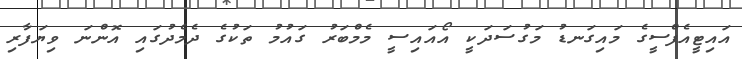
އައިޓީއެފްސީގެ މައިގަނޑު މަގުސަދަކީ އޯއައިސީ މެމްބަރު ގައުމު ތަކުގެ ދެމެދުގައި އޮންނަ ވިޔަފާރި